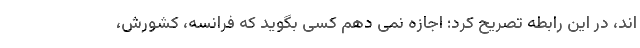
اند، در این رابطه تصریح کرد: اجازه نمی دهم کسی بگوید که فرانسه، کشورش،